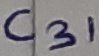
Text: C31